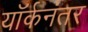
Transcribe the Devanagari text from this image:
यॉर्कनंतर